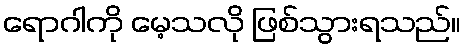
ရောဂါကို မေ့သလို ဖြစ်သွားရသည်။